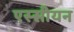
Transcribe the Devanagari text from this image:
एस्सीयन